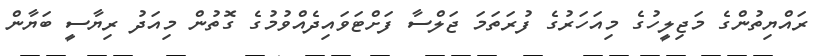
ރައްޔިތުންގެ މަޖިލީހުގެ މިއަހަރުގެ ފުރަތަމަ ޖަލްސާ ފަށްޓަވައިދެއްވުމުގެ ގޮތުން މިއަދު ރިޔާސީ ބަޔާން